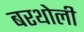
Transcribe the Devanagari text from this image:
बरथोली